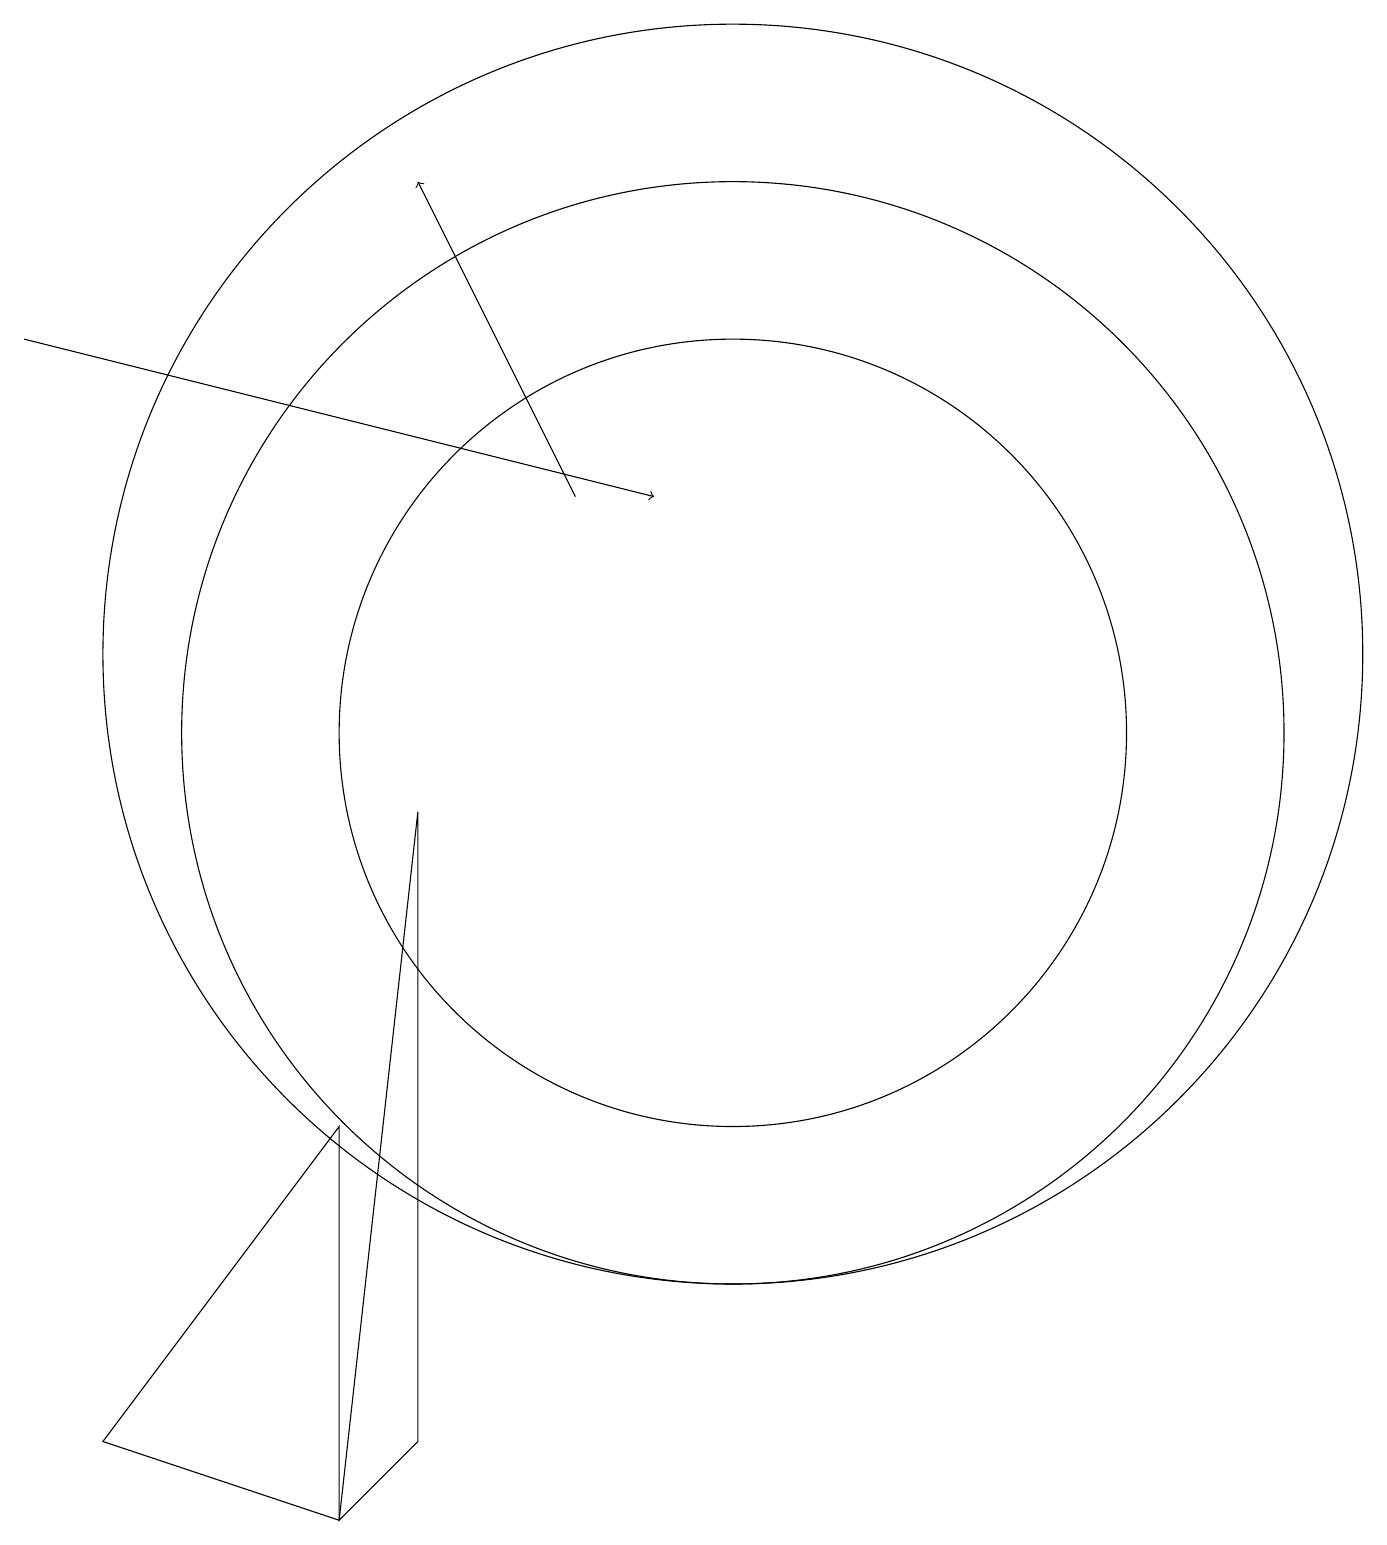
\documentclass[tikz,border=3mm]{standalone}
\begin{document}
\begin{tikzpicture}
\draw (10,11) circle (8);
\draw (6,1) -- (6,9) -- (5,0) -- cycle;
\draw[->] (1,15) -- (9,13);
\draw[->] (8,13) -- (6,17);
\draw (10,10) circle (5);
\draw (10,10) circle (7);
\draw (2,1) -- (5,0) -- (5,5) -- cycle;
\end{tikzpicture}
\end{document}